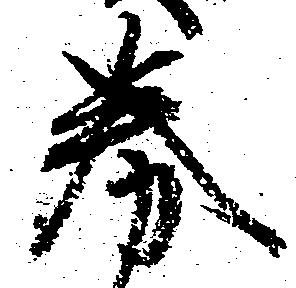
券